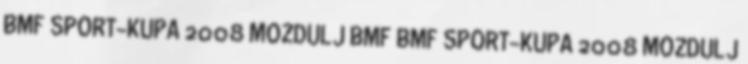
BMF SPORT-KUPA 2008 MOZDULJ BMF BMF SPORT-KUPA 2008 MOZDULJ